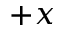
+ x